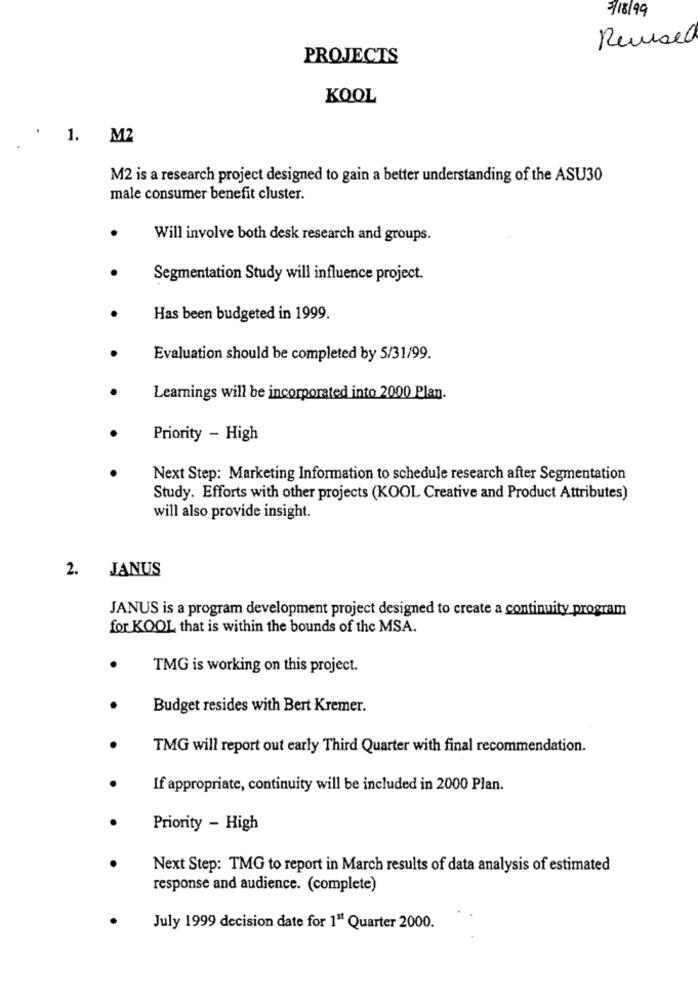
3/18/99
Reused
PROJECTS
KOOL
1. M2
M2 is a research project designed to gain a better understanding of the ASU30
male consumer benefit cluster.
Will involve both desk research and groups.
Segmentation Study will influence project.
Has been budgeted in 1999.
Evaluation should be completed by 5/31/99.
Learnings will be incorporated into 2000 Plan.
Priority - High
Next Step: Marketing Information to schedule research after Segmentation
Study. Efforts with other projects (KOOL Creative and Product Attributes)
will also provide insight.
2.
JANUS
JANUS is a program development project designed to create a continuity program
for KOOL that is within the bounds of the MSA.
TMG is working on this project.
Budget resides with Bert Kremer.
TMG will report out early Third Quarter with final recommendation.
If appropriate, continuity will be included in 2000 Plan.
Priority - High
Next Step: TMG to report in March results of data analysis of estimated
response and audience. (complete)
July 1999 decision date for 1" Quarter 2000.